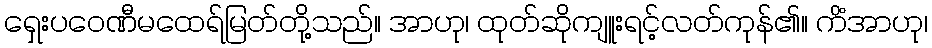
ရှေးပဝေဏီမထေရ်မြတ်တို့သည်။ အာဟု၊ ထုတ်ဆိုကျူးရင့်လတ်ကုန်၏။ ကိံအာဟု၊